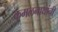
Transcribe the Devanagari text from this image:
कमलनाथांनी